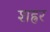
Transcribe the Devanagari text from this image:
शह्रर